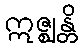
ဣဇ္ဈန္တိ